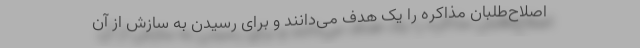
اصلاح‌طلبان مذاکره را یک هدف می‌دانند و برای رسیدن به سازش از آن